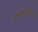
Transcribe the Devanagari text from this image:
उपसर्पेतिचतुर्भिर्मंत्रैः